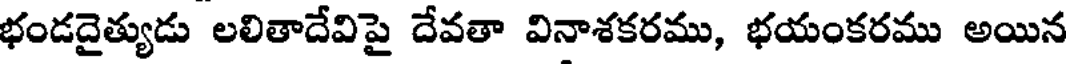
భండదైత్యుడు లలితాదేవిపై దేవతా వినాశకరము, భయంకరము అయిన